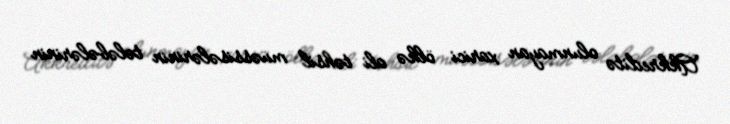
Akkreditə olunmayan xarici ölkə ali təhsil müəssisələrinin tələbələrinin